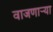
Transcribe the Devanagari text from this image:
वाजणार्‍या